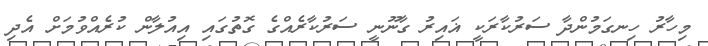
މިހާރު ހިނގަމުންދާ ސަރުކާރަކީ ޣައިރު ގާނޫނީ ސަރުކާރެއްގެ ގޮތުގައި އިއުލާން ކުރެއްވުމަށް އެދި